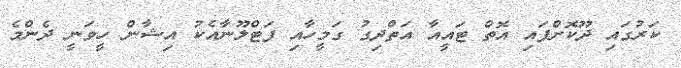
ކަރުގައި ދޫކޮށްފައި އޮތް ޓައީއާ އަތްދިގު ގަމީހާއި ފަޓްލޫނާއެކު އިޝާން ހީވަނީ ދެންމެ